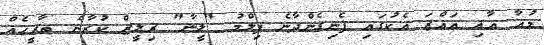
މުއާ އާއި އައްޒަ އެކުގައި ފެނިގެންދާނެ ފިލްމު "ލީނާ" ރިލީޒް ކުރާނެ ތާރީހެއް